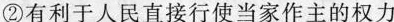
②有利于人民直接行使当家作主的权力